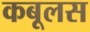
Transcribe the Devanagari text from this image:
कबूलस